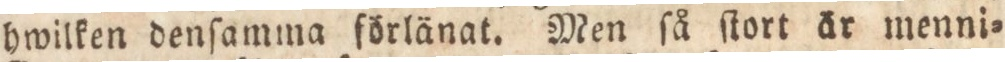
hwilken denſamma förlänat. Men ſå ſtort är menni=